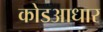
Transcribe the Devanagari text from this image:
कोडआधार